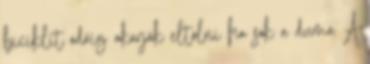
biciklit odáig akarják eltolni ha sok a duma A